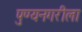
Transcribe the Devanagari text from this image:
पुण्यनगरीला